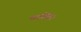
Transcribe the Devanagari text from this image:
चाहिए